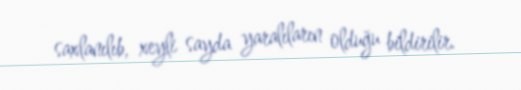
saxlanılıb, xeyli sayda yaralıların olduğu bildirilir.